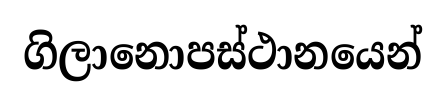
ගිලානොපස්ථානයෙන්